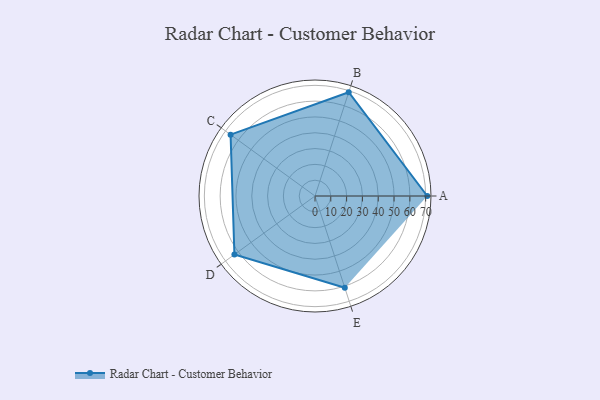
{"axis": {"x": "Skill", "y": "Score"}, "legend": ["Profile"], "data": [{"x": "A", "y": 71.0, "type": "Profile"}, {"x": "B", "y": 69.0, "type": "Profile"}, {"x": "C", "y": 66.0, "type": "Profile"}, {"x": "D", "y": 63.0, "type": "Profile"}, {"x": "E", "y": 61.0, "type": "Profile"}]}